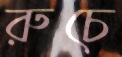
রুচে